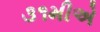
૩૧મીએ